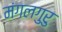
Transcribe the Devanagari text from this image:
मंगलगुरु